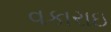
વકારાઇ